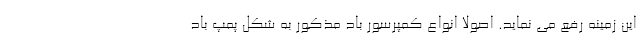
این زمینه رفع می نماید. اصولا انواع کمپرسور باد مذکور به شکل پمپ باد